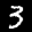
Label: 3